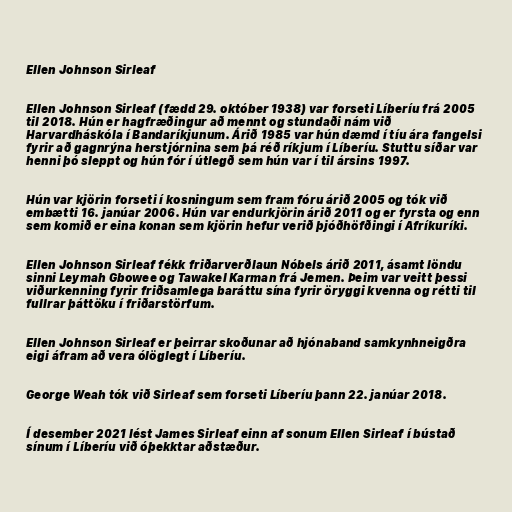
Ellen Johnson Sirleaf

Ellen Johnson Sirleaf (fædd 29. október 1938) var forseti Líberíu frá 2005
til 2018. Hún er hagfræðingur að mennt og stundaði nám við
Harvardháskóla í Bandaríkjunum. Árið 1985 var hún dæmd í tíu ára fangelsi
fyrir að gagnrýna herstjórnina sem þá réð ríkjum í Líberíu. Stuttu síðar var
henni þó sleppt og hún fór í útlegð sem hún var í til ársins 1997.

Hún var kjörin forseti í kosningum sem fram fóru árið 2005 og tók við
embætti 16. janúar 2006. Hún var endurkjörin árið 2011 og er fyrsta og enn
sem komið er eina konan sem kjörin hefur verið þjóðhöfðingi í Afríkuríki.

Ellen Johnson Sirleaf fékk friðarverðlaun Nóbels árið 2011, ásamt löndu
sinni Leymah Gbowee og Tawakel Karman frá Jemen. Þeim var veitt þessi
viðurkenning fyrir friðsamlega baráttu sína fyrir öryggi kvenna og rétti til
fullrar þáttöku í friðarstörfum.

Ellen Johnson Sirleaf er þeirrar skoðunar að hjónaband samkynhneigðra
eigi áfram að vera ólöglegt í Líberíu.

George Weah tók við Sirleaf sem forseti Líberíu þann 22. janúar 2018.

Í desember 2021 lést James Sirleaf einn af sonum Ellen Sirleaf í bústað
sínum í Líberíu við óþekktar aðstæður.